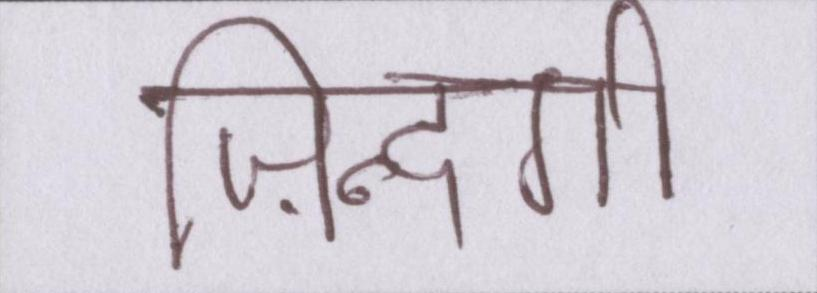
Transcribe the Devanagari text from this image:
ज़िन्दगी